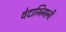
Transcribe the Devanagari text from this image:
वेदाभिमानी